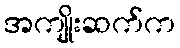
အကျိုးဆက်က